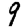
Digit: 9